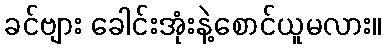
ခင်ဗျား ခေါင်းအုံးနဲ့စောင်ယူမလား။